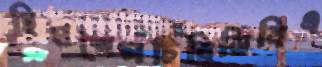
হিমশৈলটিবিডিবিএ